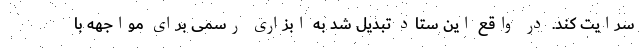
سرایت کند. در واقع این ستاد تبدیل شد به ابزاری رسمی برای مواجهه با